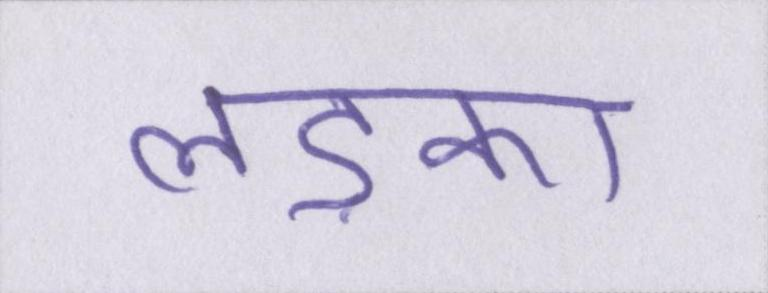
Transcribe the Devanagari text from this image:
लड़का